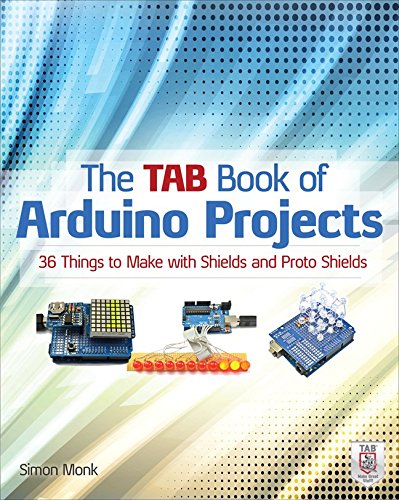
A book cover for The TAB Book of Arduino Projects: 36 Things to Make with Shields and Proto Shields; Simon Monk; Computers & Technology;